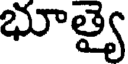
భూత్యై